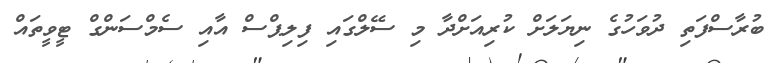
ބުރާސްފަތި ދުވަހުގެ ނިޔަލަށް ކުރިއަށްދާ މި ސޭލްގައި ފިލިޕްސް އާއި ސެމްސަންގް ޓީވީތައް